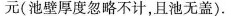
元(池壁厚度忽略不计，且池无盖)。